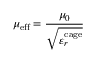
\mu _ { \mathrm { e f f } } = \frac { \mu _ { 0 } } { \sqrt { \varepsilon _ { r } ^ { \mathrm { c a g e } } } }